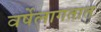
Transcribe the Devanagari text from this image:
वर्षेलागतात